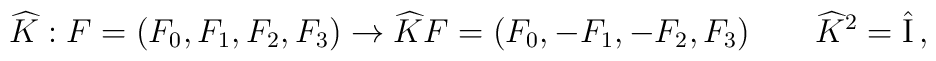
\widehat{K}:F=(F_0,F_1,F_2,F_3)\to\widehat{K}F=(F_0,-F_1,-F_2,F_3)\qquad\widehat{K}^2=\hat{\rm I}\,,